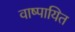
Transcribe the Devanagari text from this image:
वाष्पायित